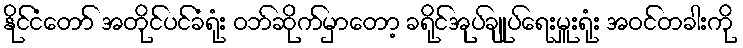
နိုင်ငံတော် အတိုင်ပင်ခံရုံး ဝဘ်ဆိုက်မှာတော့ ခရိုင်အုပ်ချုပ်ရေးမှူးရုံး အဝင်တခါးကို